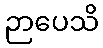
ဉာပေသိ